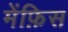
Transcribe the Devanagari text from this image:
मेंफ़िस